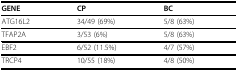
<table><thead><tr><td><b>GENE</b></td><td><b>CP</b></td><td><b>BC</b></td></tr></thead><tbody><tr><td>ATG16L2</td><td>34/49 (69%)</td><td>5/8 (63%)</td></tr><tr><td>TFAP2A</td><td>3/53 (6%)</td><td>5/8 (63%)</td></tr><tr><td>EBF2</td><td>6/52 (11.5%)</td><td>4/7 (57%)</td></tr><tr><td>TRCP4</td><td>10/55 (18%)</td><td>4/8 (50%)</td></tr></tbody></table>